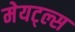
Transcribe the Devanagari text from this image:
मेयट्ल्स